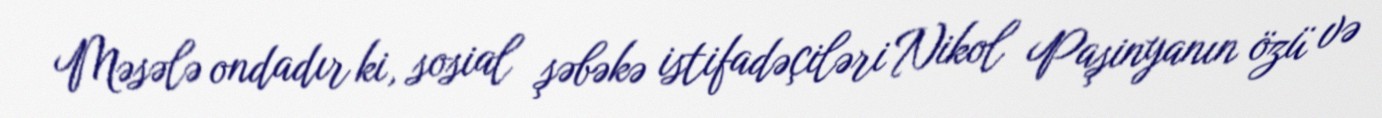
Məsələ ondadır ki, sosial şəbəkə istifadəçiləri Nikol Paşinyanın özü və